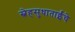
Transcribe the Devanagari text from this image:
स्नेहसुधाताईंचे